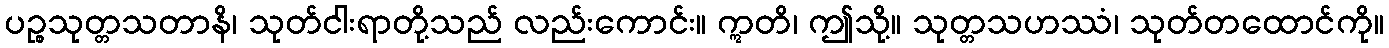
ပဉ္စသုတ္တသတာနိ၊ သုတ်ငါးရာတို့သည် လည်းကောင်း။ ဣတိ၊ ဤသို့။ သုတ္တသဟဿံ၊ သုတ်တထောင်ကို။